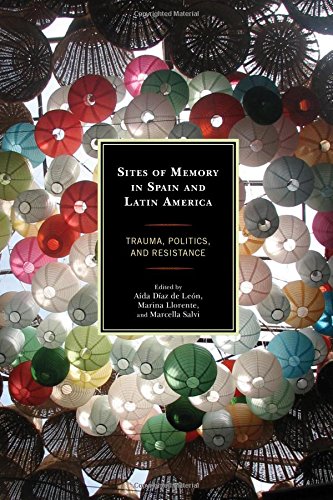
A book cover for Sites of Memory in Spain and Latin America: Trauma, Politics, and Resistance; History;